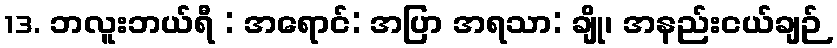
13. ဘလူးဘယ်ရီ : အရောင်: အပြာ အရသာ: ချို၊ အနည်းငယ်ချဉ်